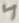
Text: 4